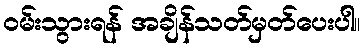
ဝမ်းသွားရန် အချိန်သတ်မှတ်ပေးပါ။